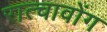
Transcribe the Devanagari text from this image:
रात्चावोंग